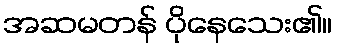
အဆမတန် ပိုနေသေး၏။